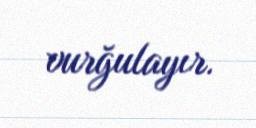
vurğulayır.